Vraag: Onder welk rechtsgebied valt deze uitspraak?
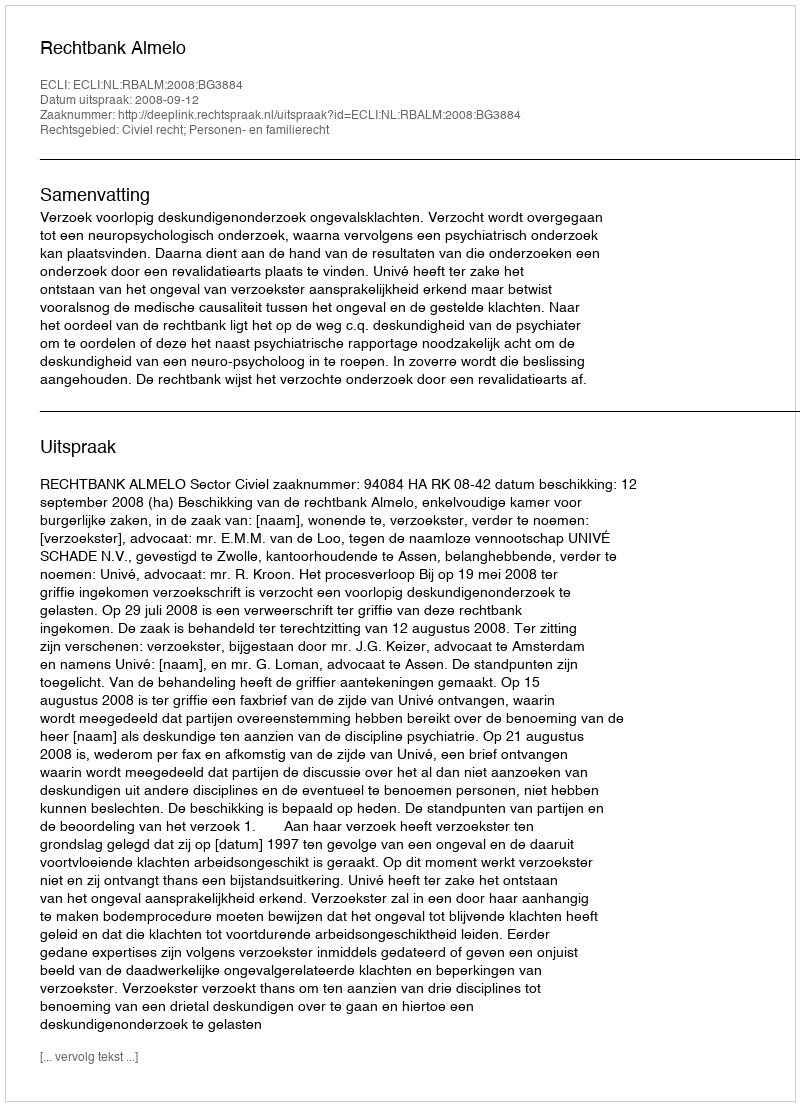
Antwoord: Civiel recht; Personen- en familierecht